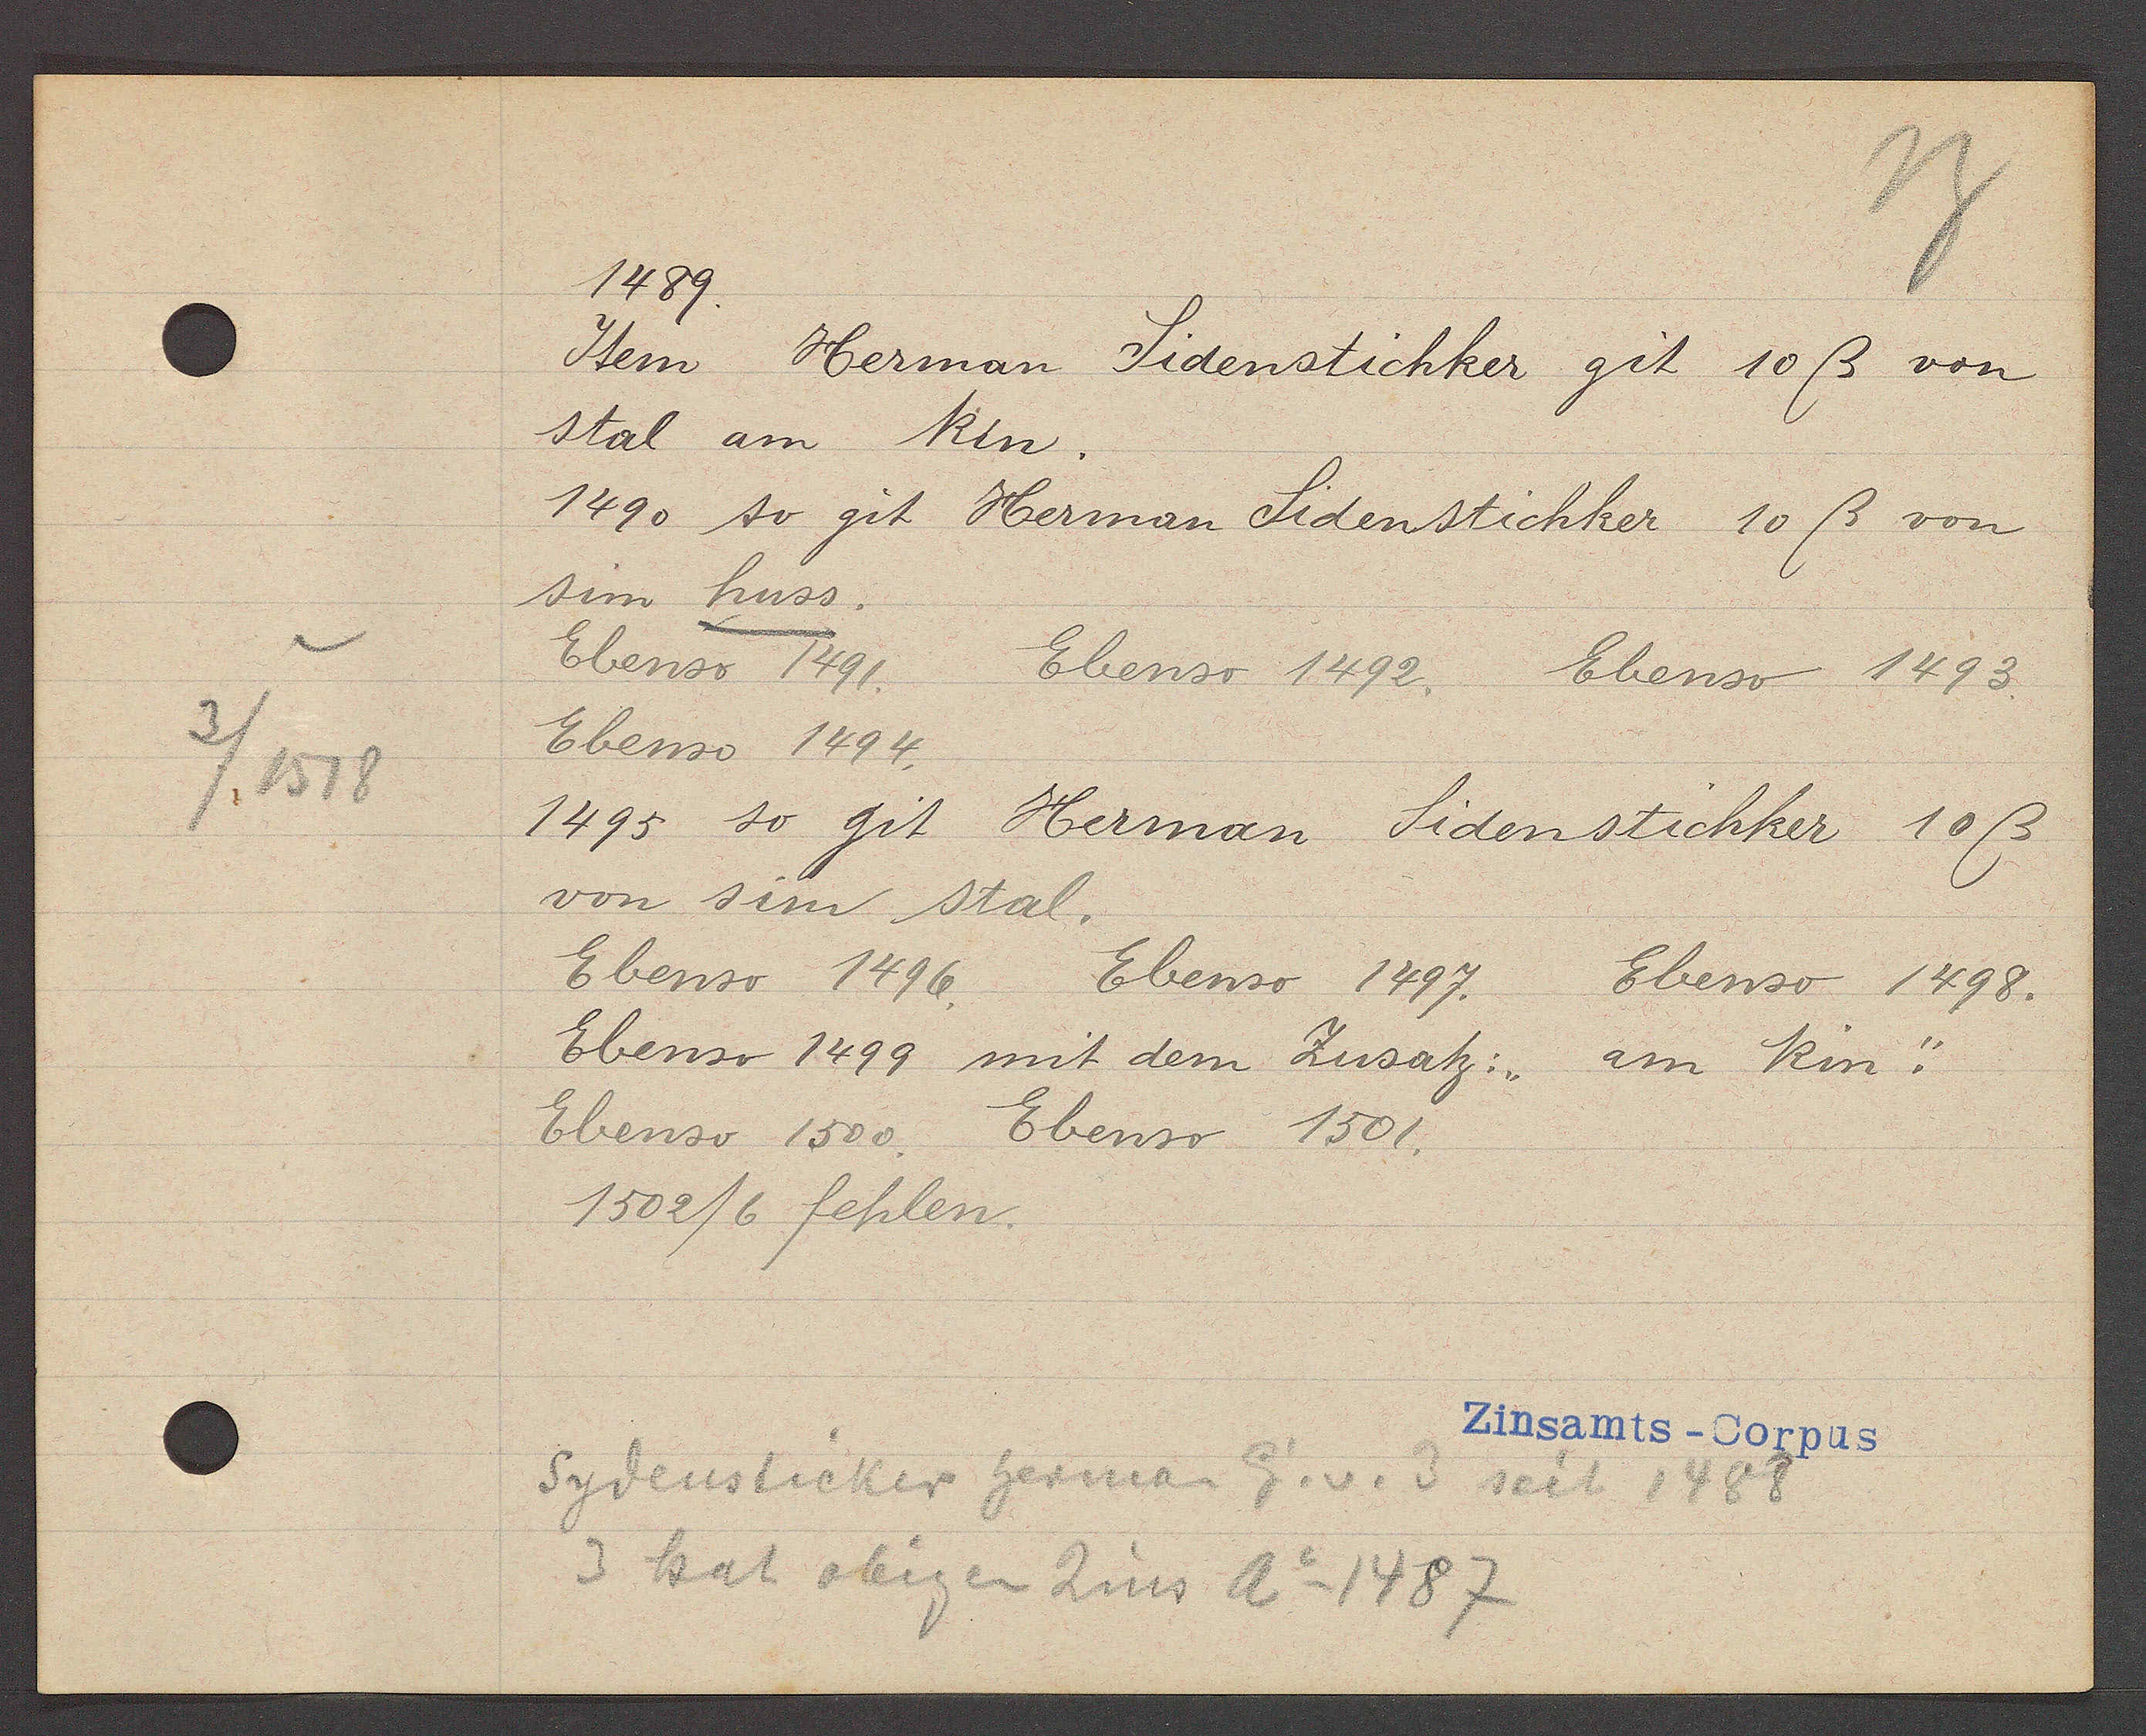
Transcript:
3
/ 1518

1489.

Item Herman Sidenstichker git 10ß von
stal am Rin.
1490 so git Herman Sidenstichker 10ß von
sim huss.
Ebenso 1491. Ebenso 1492. Ebenso 1493
Ebenso 1494.
1495 so git
Herman Sidenstichker 10ß
von sim stal.
Ebenso 1496. Ebenso 1497. Ebenso 1498.
Ebenso 1499 mit dem Zusatz: "am Rin."
Ebenso 1500 Ebenso 1501
1502/6 fehlen.

Zinsamts - Corpus

Sydensticker herman Eg. v. 3 seit 1488
3 hat obigen Zins Ao 1487